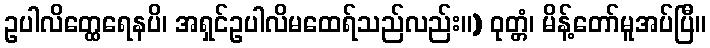
ဥပါလိတ္ထေရေနပိ၊ အရှင်ဥပါလိမထေရ်သည်လည်း။) ဝုတ္တံ၊ မိန့်တော်မူအပ်ပြီ။